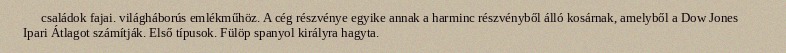
családok fajai. világháborús emlékműhöz. A cég részvénye egyike annak a harminc részvényből álló kosárnak, amelyből a Dow Jones Ipari Átlagot számítják. Első típusok. Fülöp spanyol királyra hagyta.